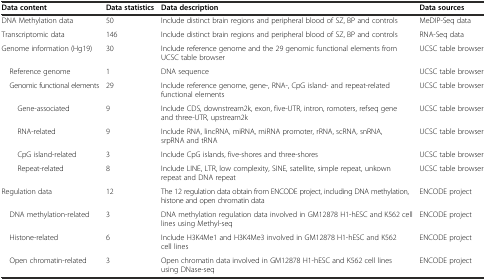
<table><thead><tr><td><b>Data content</b></td><td><b>Data statistics</b></td><td><b>Data description</b></td><td><b>Data sources</b></td></tr></thead><tbody><tr><td>DNA Methylation data</td><td>50</td><td>Include distinct brain regions and peripheral blood of SZ, BP and controls</td><td>MeDIP-Seq data</td></tr><tr><td>Transcriptomic data</td><td>146</td><td>Include distinct brain regions and peripheral blood of SZ, BP and controls</td><td>RNA-Seq data</td></tr><tr><td>Genome information (Hg19)</td><td>30</td><td>Include reference genome and the 29 genomic functional elements from UCSC table browser</td><td>UCSC table browser</td></tr><tr><td> Reference genome</td><td>1</td><td>DNA sequence</td><td>UCSC table browser</td></tr><tr><td> Genomic functional elements</td><td>29</td><td>Include reference genome, gene-, RNA-, CpG island- and repeat-related functional elements</td><td>UCSC table browser</td></tr><tr><td>Gene-associated</td><td>9</td><td>Include CDS, downstream2k, exon, five-UTR, intron, romoters, refseq gene and three-UTR, upstream2k</td><td>UCSC table browser</td></tr><tr><td>RNA-related</td><td>9</td><td>Include RNA, lincRNA, miRNA, miRNA promoter, rRNA, scRNA, snRNA, srpRNA and tRNA</td><td>UCSC table browser</td></tr><tr><td>CpG island-related</td><td>3</td><td>Include CpG islands, five-shores and three-shores</td><td>UCSC table browser</td></tr><tr><td>Repeat-related</td><td>8</td><td>Include LINE, LTR, low complexity, SINE, satellite, simple repeat, unkown repeat and DNA repeat</td><td>UCSC table browser</td></tr><tr><td>Regulation data</td><td>12</td><td>The 12 regulation data obtain from ENCODE project, including DNA methylation, histone and open chromatin data</td><td>ENCODE project</td></tr><tr><td> DNA methylation-related</td><td>3</td><td>DNA methylation regulation data involved in GM12878 H1-hESC and K562 cell lines using Methyl-seq</td><td>ENCODE project</td></tr><tr><td> Histone-related</td><td>6</td><td>Include H3K4Me1 and H3K4Me3 involved in GM12878 H1-hESC and K562 cell lines</td><td>ENCODE project</td></tr><tr><td> Open chromatin-related</td><td>3</td><td>Open chromatin data involved in GM12878 H1-hESC and K562 cell lines using DNase-seq</td><td>ENCODE project</td></tr></tbody></table>